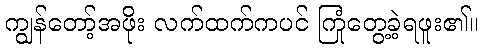
ကျွန်တော့်အဖိုး လက်ထက်ကပင် ကြုံတွေ့ခဲ့ရဖူး၏။